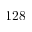
1 2 8